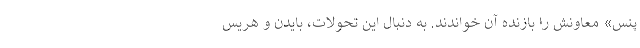
پنس» معاونش را بازنده آن خواندند. به دنبال این تحولات، بایدن و هریس